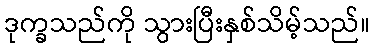
ဒုက္ခသည်ကို သွားပြီးနှစ်သိမ့်သည်။